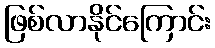
ဖြစ်လာနိုင်ကြောင်း